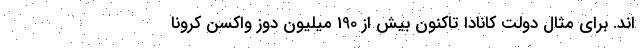
اند. برای مثال دولت کانادا تاکنون بیش از 190 میلیون دوز واکسن کرونا